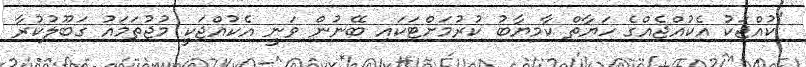
"ކުއްޖަކު އެކުއްޖެއްގެ ހަޔާތް ކާމިޔާބު ކުރުމަށްޓަކައި ބޭނުން ވަނީ އެކުއްޖަކީ މުޖުތަމައު ގަބޫލުކުރާ